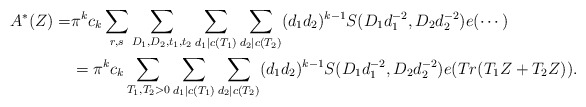
\begin{align*} A^*(Z)=& \pi^k c_k \sum_{r,s}\sum_{D_1,D_2,t_1,t_2}\sum_{d_1|c(T_1)}\sum_{d_2|c(T_2)}(d_1d_2)^{k-1}S(D_1d_1^{-2},D_2d_2^{-2})e(\cdots)\\ &=\pi^k c_k \sum_{T_1,T_2>0}\sum_{d_1|c(T_1)}\sum_{d_2|c(T_2)}(d_1d_2)^{k-1} S(D_1d_1^{-2},D_2d_2^{-2}) e(Tr(T_1Z+T_2Z)).\end{align*}